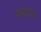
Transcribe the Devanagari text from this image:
पसंददीदा